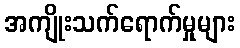
အကျိုးသက်ရောက်မှုများ